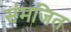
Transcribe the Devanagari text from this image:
संमजित